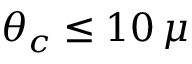
\theta _ { c } \le 1 0 \, \mu